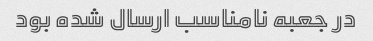
در جعبه نامناسب ارسال شده بود